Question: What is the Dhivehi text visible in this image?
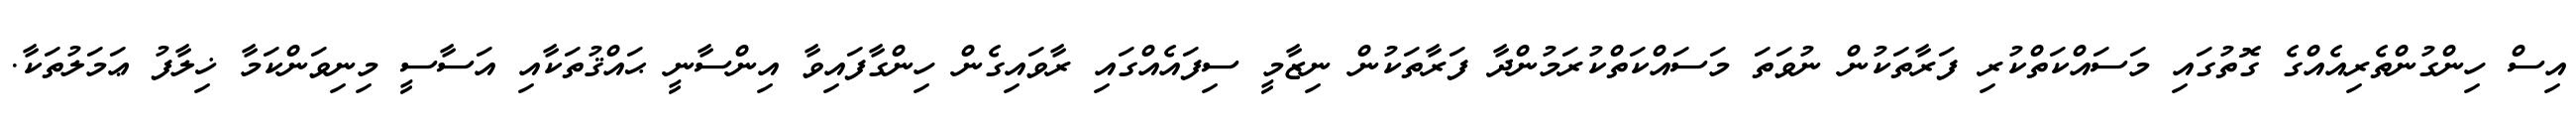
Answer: އިސް ހިންގުންތެރިއެއްގެ ގޮތުގައި މަސައްކަތްކުރި ފަރާތަކުން ނުވަތަ މަސައްކަތްކުރަމުންދާ ފަރާތަކުން ނިޒާމީ ސިފައެއްގައި ރާވައިގެން ހިންގާފައިވާ އިންސާނީ ޙައްޤުތަކާއި އަސާސީ މިނިވަންކަމާ ޚިލާފު ޢަމަލުތަކާ.